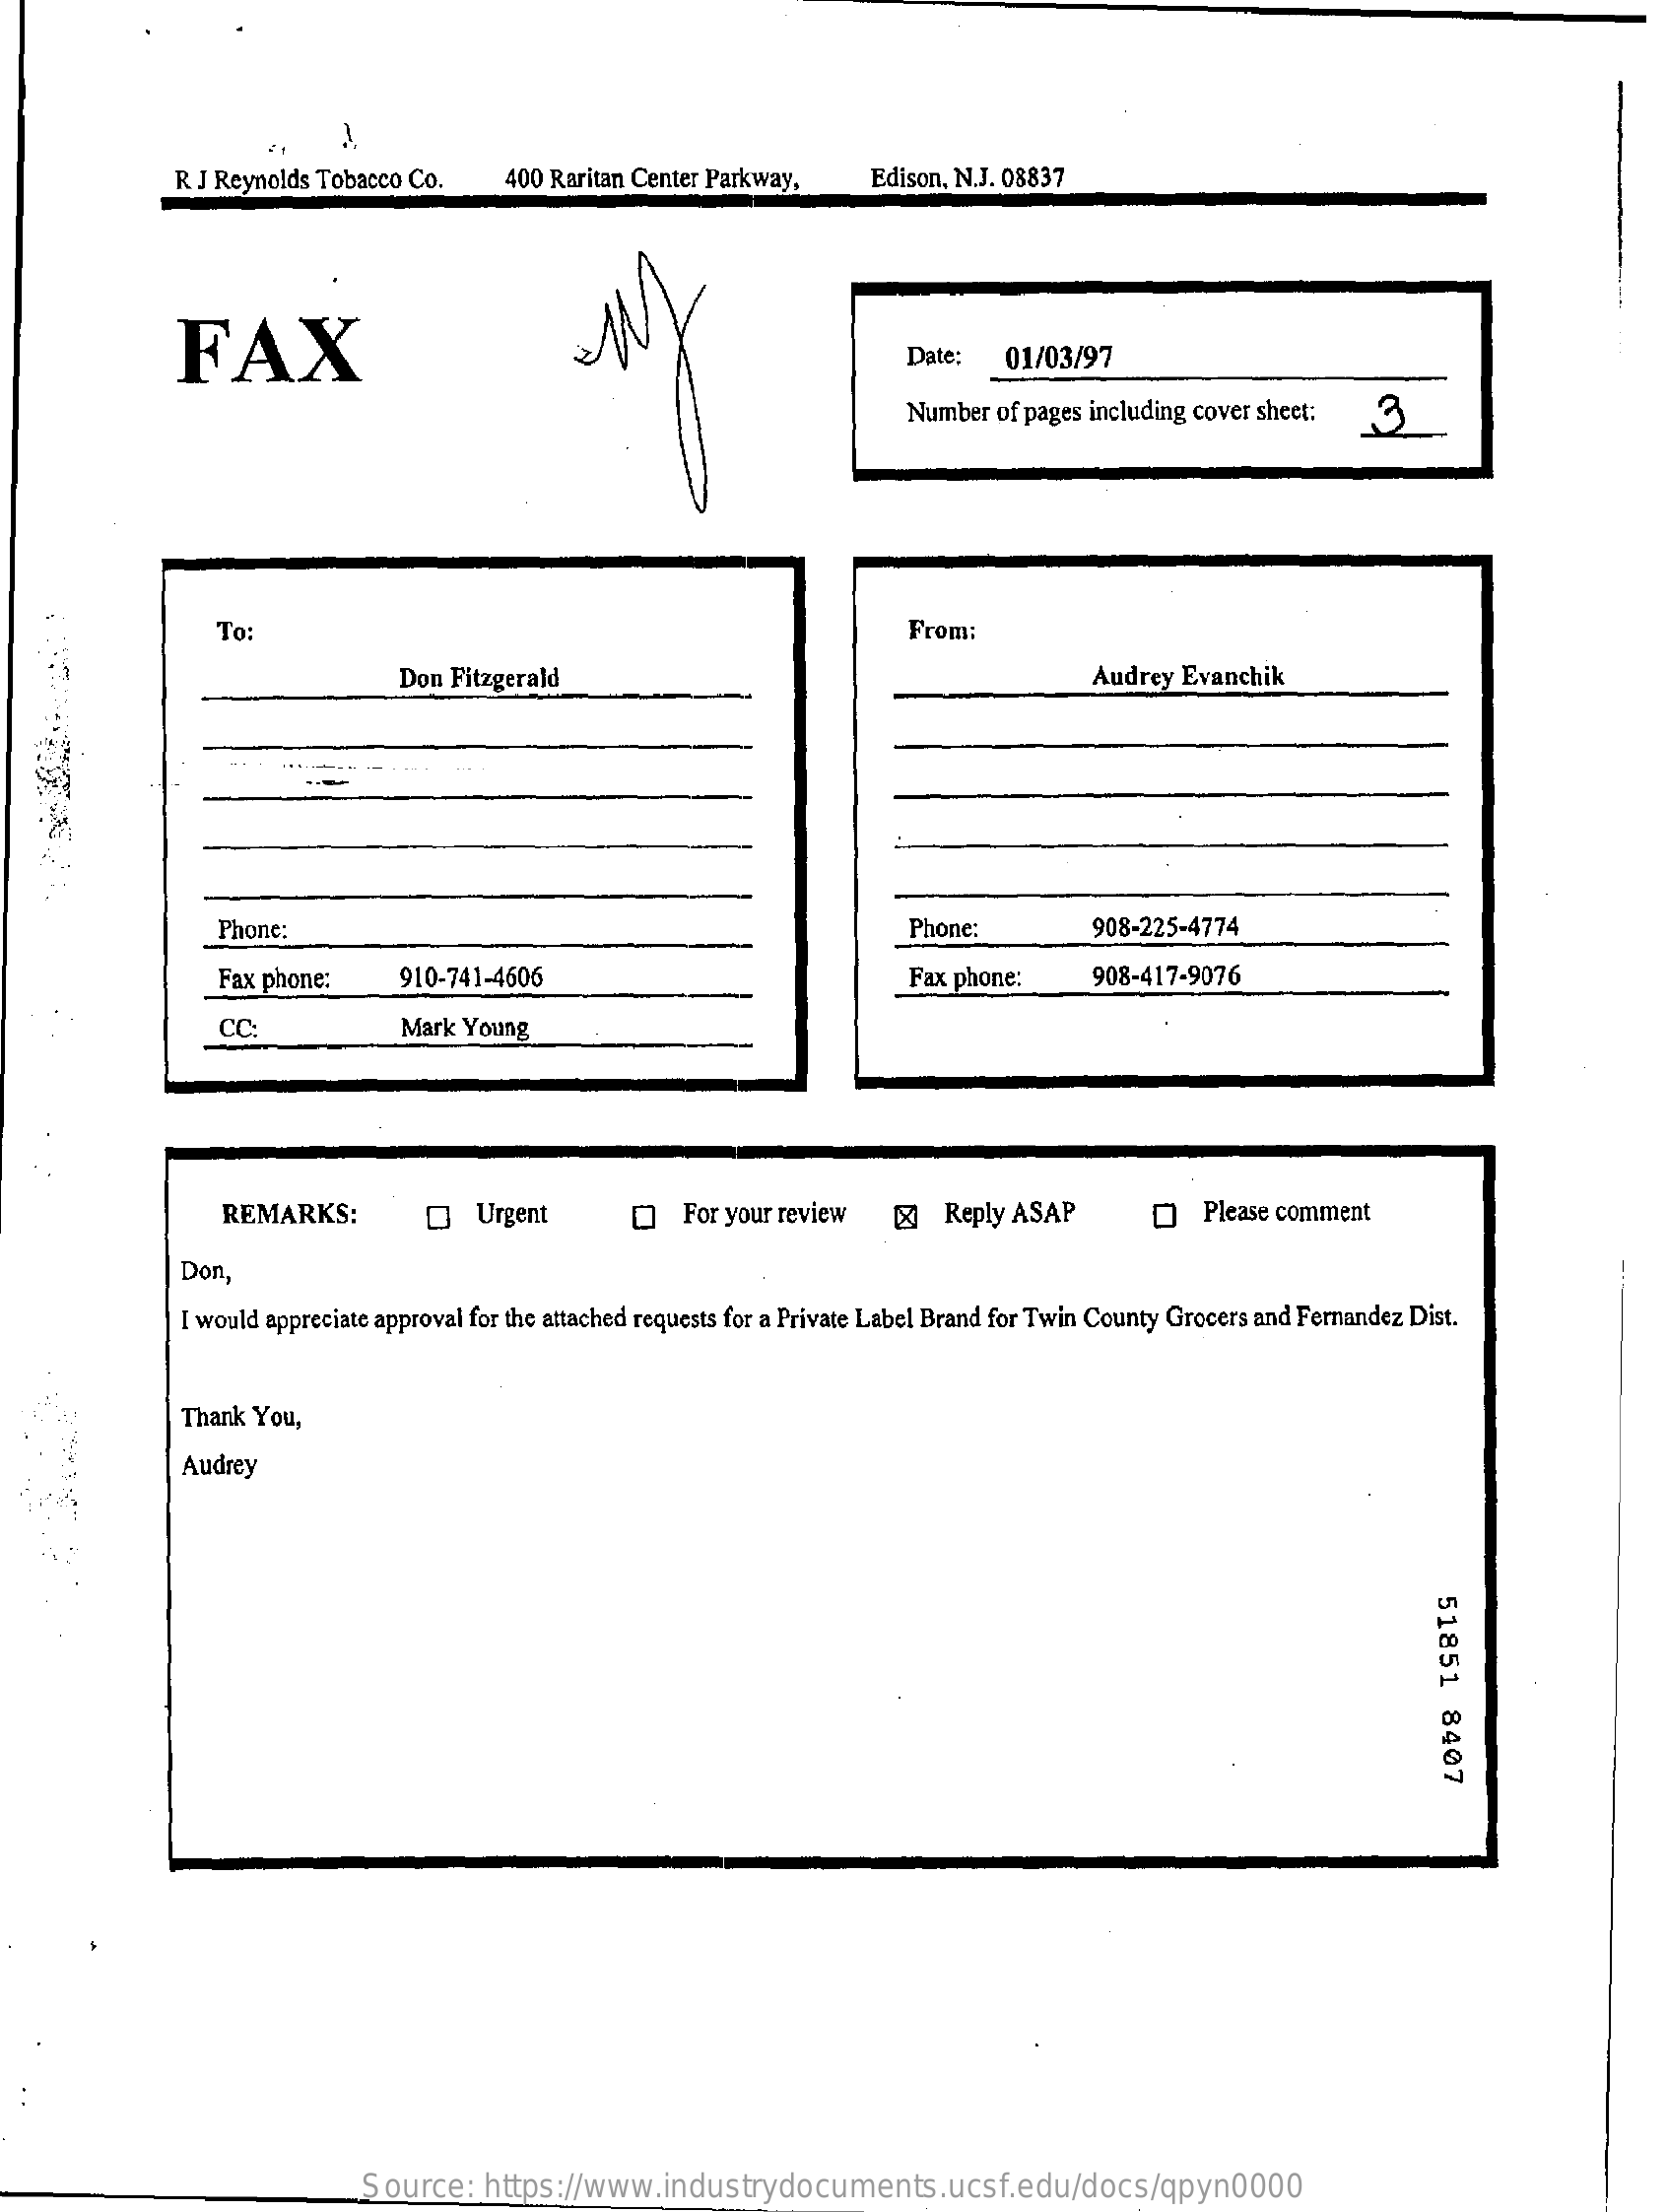
R J Reynolds Tobacco Co.   400 Raritan Center Parkway,   Edison, N.J. 08837
     FAX    Date:   01/03/97
     Number of pages including cover sheet: 3
     To:    From:
     Don Fitzgerald    Audrey Evanchik
     Phone:    Phone:    908-225-4774
     Fax phone:    910-741-4606    Fax phone:    908-417-9076
     CC    Mark Young
     REMARKS:    Urgent    []  For your review  &   Reply ASAP    Please comment
     Don,
     I would appreciate approval for the attached requests for a Private Label Brand for Twin County Grocers and Fernandez Dist.
     Thank You,
     Audrey
     51851
     8407
     Source:   https://www.industrydocuments.ucsf.edu/docs/qpyn0000